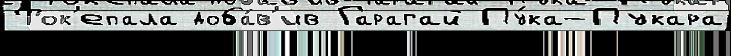
Ток'епала доба́в'ив Гарагай Пу́ка-Пукара